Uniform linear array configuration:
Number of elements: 48
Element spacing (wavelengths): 0.25
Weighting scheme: exponential
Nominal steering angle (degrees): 0
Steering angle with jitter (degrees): -0.03149
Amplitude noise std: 0.05
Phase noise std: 0.05

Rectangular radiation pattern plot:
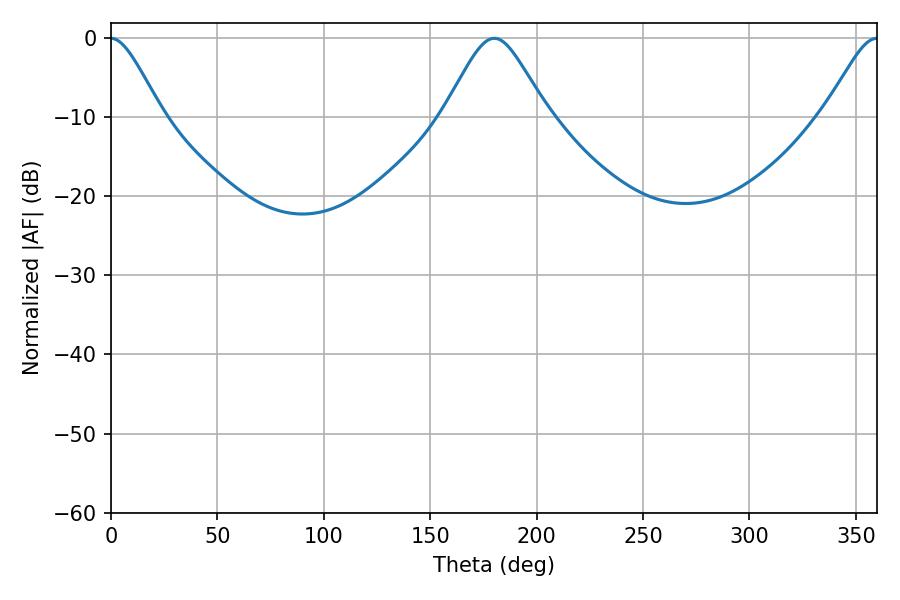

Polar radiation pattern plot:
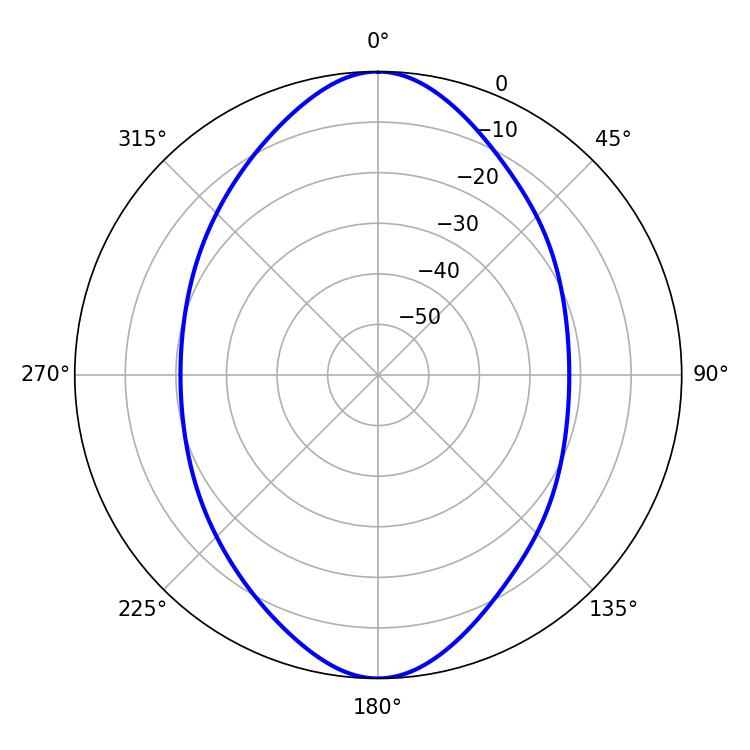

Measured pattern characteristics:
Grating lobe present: FALSE
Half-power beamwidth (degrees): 23.58
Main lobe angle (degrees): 180.18